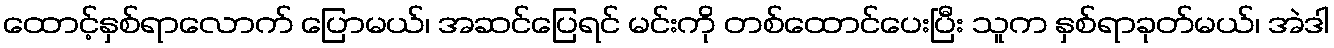
ထောင့်နှစ်ရာလောက် ပြောမယ်၊ အဆင်ပြေရင် မင်းကို တစ်ထောင်ပေးပြီး သူက နှစ်ရာခုတ်မယ်၊ အဲဒါ